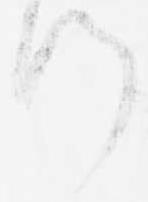
つ